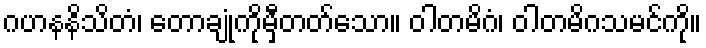
ဂဟနနိသိတံ၊ တောချုံကိုမှီတတ်သော။ ဝါတမိဂံ၊ ဝါတမိဂသမင်ကို။